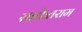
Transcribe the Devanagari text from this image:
साकेतराम